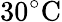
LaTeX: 30^{\circ}\mathrm{C}